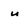
Character: u